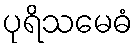
ပုရိသမေဓံ